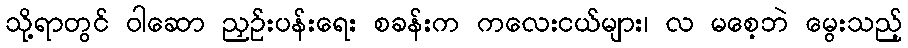
သို့ရာတွင် ဝါဆော ညှဉ်းပန်းရေး စခန်းက ကလေးငယ်များ၊ လ မစေ့ဘဲ မွေးသည့်